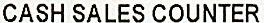
CASH SALES COUNTER